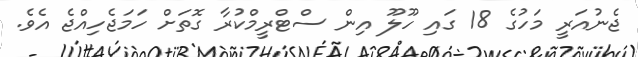
ޖެނުއަރީ މަހުގެ 18 ގައި ހޫލޫ އިން ސްޓްރީމްކުރާ ގޮތަށް ހަމަޖެހިއްޖެ އެވެ.